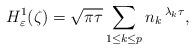
LaTeX: \begin{align*}H_{\varepsilon}^{1}(\zeta)=\sqrt{\pi\tau}\sum\limits_{1\leq{}k\leq{}p}n_k\,{}^{\lambda_k\tau},\end{align*}